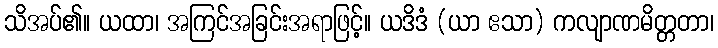
သိအပ်၏။ ယထာ၊ အကြင်အခြင်းအရာဖြင့်။ ယဒိဒံ (ယာ ဧသာ) ကလျာဏမိတ္တတာ၊